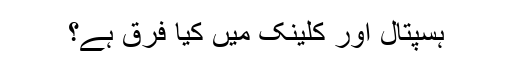
ہسپتال اور کلینک میں کیا فرق ہے؟